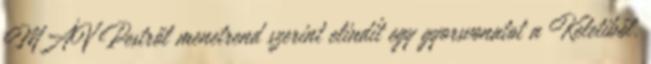
MÁV Pestről menetrend szerint elindít egy gyorsvonatot a Keletiből.